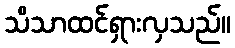
သိသာထင်ရှားလှသည်။